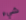
شيء